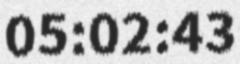
05:02:43